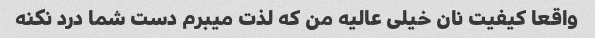
واقعا کیفیت نان خیلی عالیه من که لذت میبرم دست شما درد نکنه